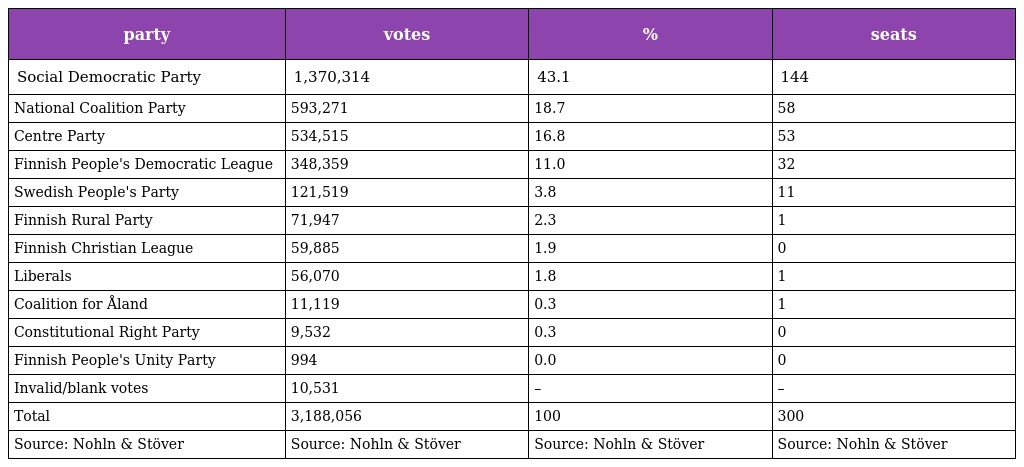
| party | votes | % | seats |
 | --- | --- | --- | --- |
 | Social Democratic Party | 1,370,314 | 43.1 | 144 |
 | National Coalition Party | 593,271 | 18.7 | 58 |
 | Centre Party | 534,515 | 16.8 | 53 |
 | Finnish People's Democratic League | 348,359 | 11.0 | 32 |
 | Swedish People's Party | 121,519 | 3.8 | 11 |
 | Finnish Rural Party | 71,947 | 2.3 | 1 |
 | Finnish Christian League | 59,885 | 1.9 | 0 |
 | Liberals | 56,070 | 1.8 | 1 |
 | Coalition for Åland | 11,119 | 0.3 | 1 |
 | Constitutional Right Party | 9,532 | 0.3 | 0 |
 | Finnish People's Unity Party | 994 | 0.0 | 0 |
 | Invalid/blank votes | 10,531 | – | – |
 | Total | 3,188,056 | 100 | 300 |
 | Source: Nohln & Stöver | Source: Nohln & Stöver | Source: Nohln & Stöver | Source: Nohln & Stöver |